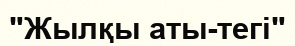
"Жылқы аты-тегі"